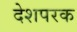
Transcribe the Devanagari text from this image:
देशपरक